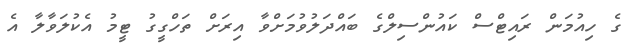
ގެ ހިއުމަން ރައިޓްސް ކައުންސިލްގެ ބައްދަލުވުމަށްވާ އިރަށް ތަހްގީގު ޓީމު އެކުލަވާލާ އެ